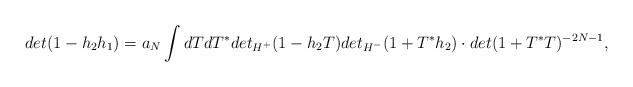
LaTeX: \begin{align*} det(1 - h_{2}h_{1}) = a_N \int dT dT^* det_{H^{+}}(1-h_{2}T)det_{H^{-}}(1+T^{*}h_{2}) \cdot det(1+T^{*}T)^{-2N-1},\end{align*}